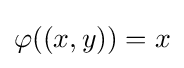
\varphi ((x,y))=x